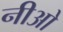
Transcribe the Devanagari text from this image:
नीओ